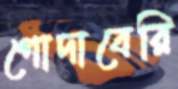
গোদাবেরি